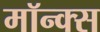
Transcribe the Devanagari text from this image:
मॉन्क्स